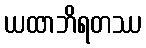
ယထာဘိရတဿ